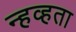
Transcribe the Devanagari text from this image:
न्हव्हता